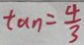
\tan = \frac { 4 } { 3 }